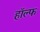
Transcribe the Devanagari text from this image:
हॉल्फ